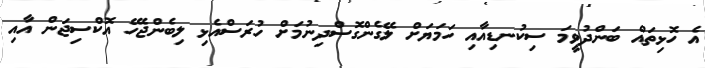
އެ ހޮޅިތައް ބަންދުވީމަ ސިކުނޑިއާއި ހަމަޔަށް ލޭގެންގޮސްދިނުމަށް ހުރަސްއެޅި ލިބެންޖެހޭ އޮކްސިޖަން އާއި